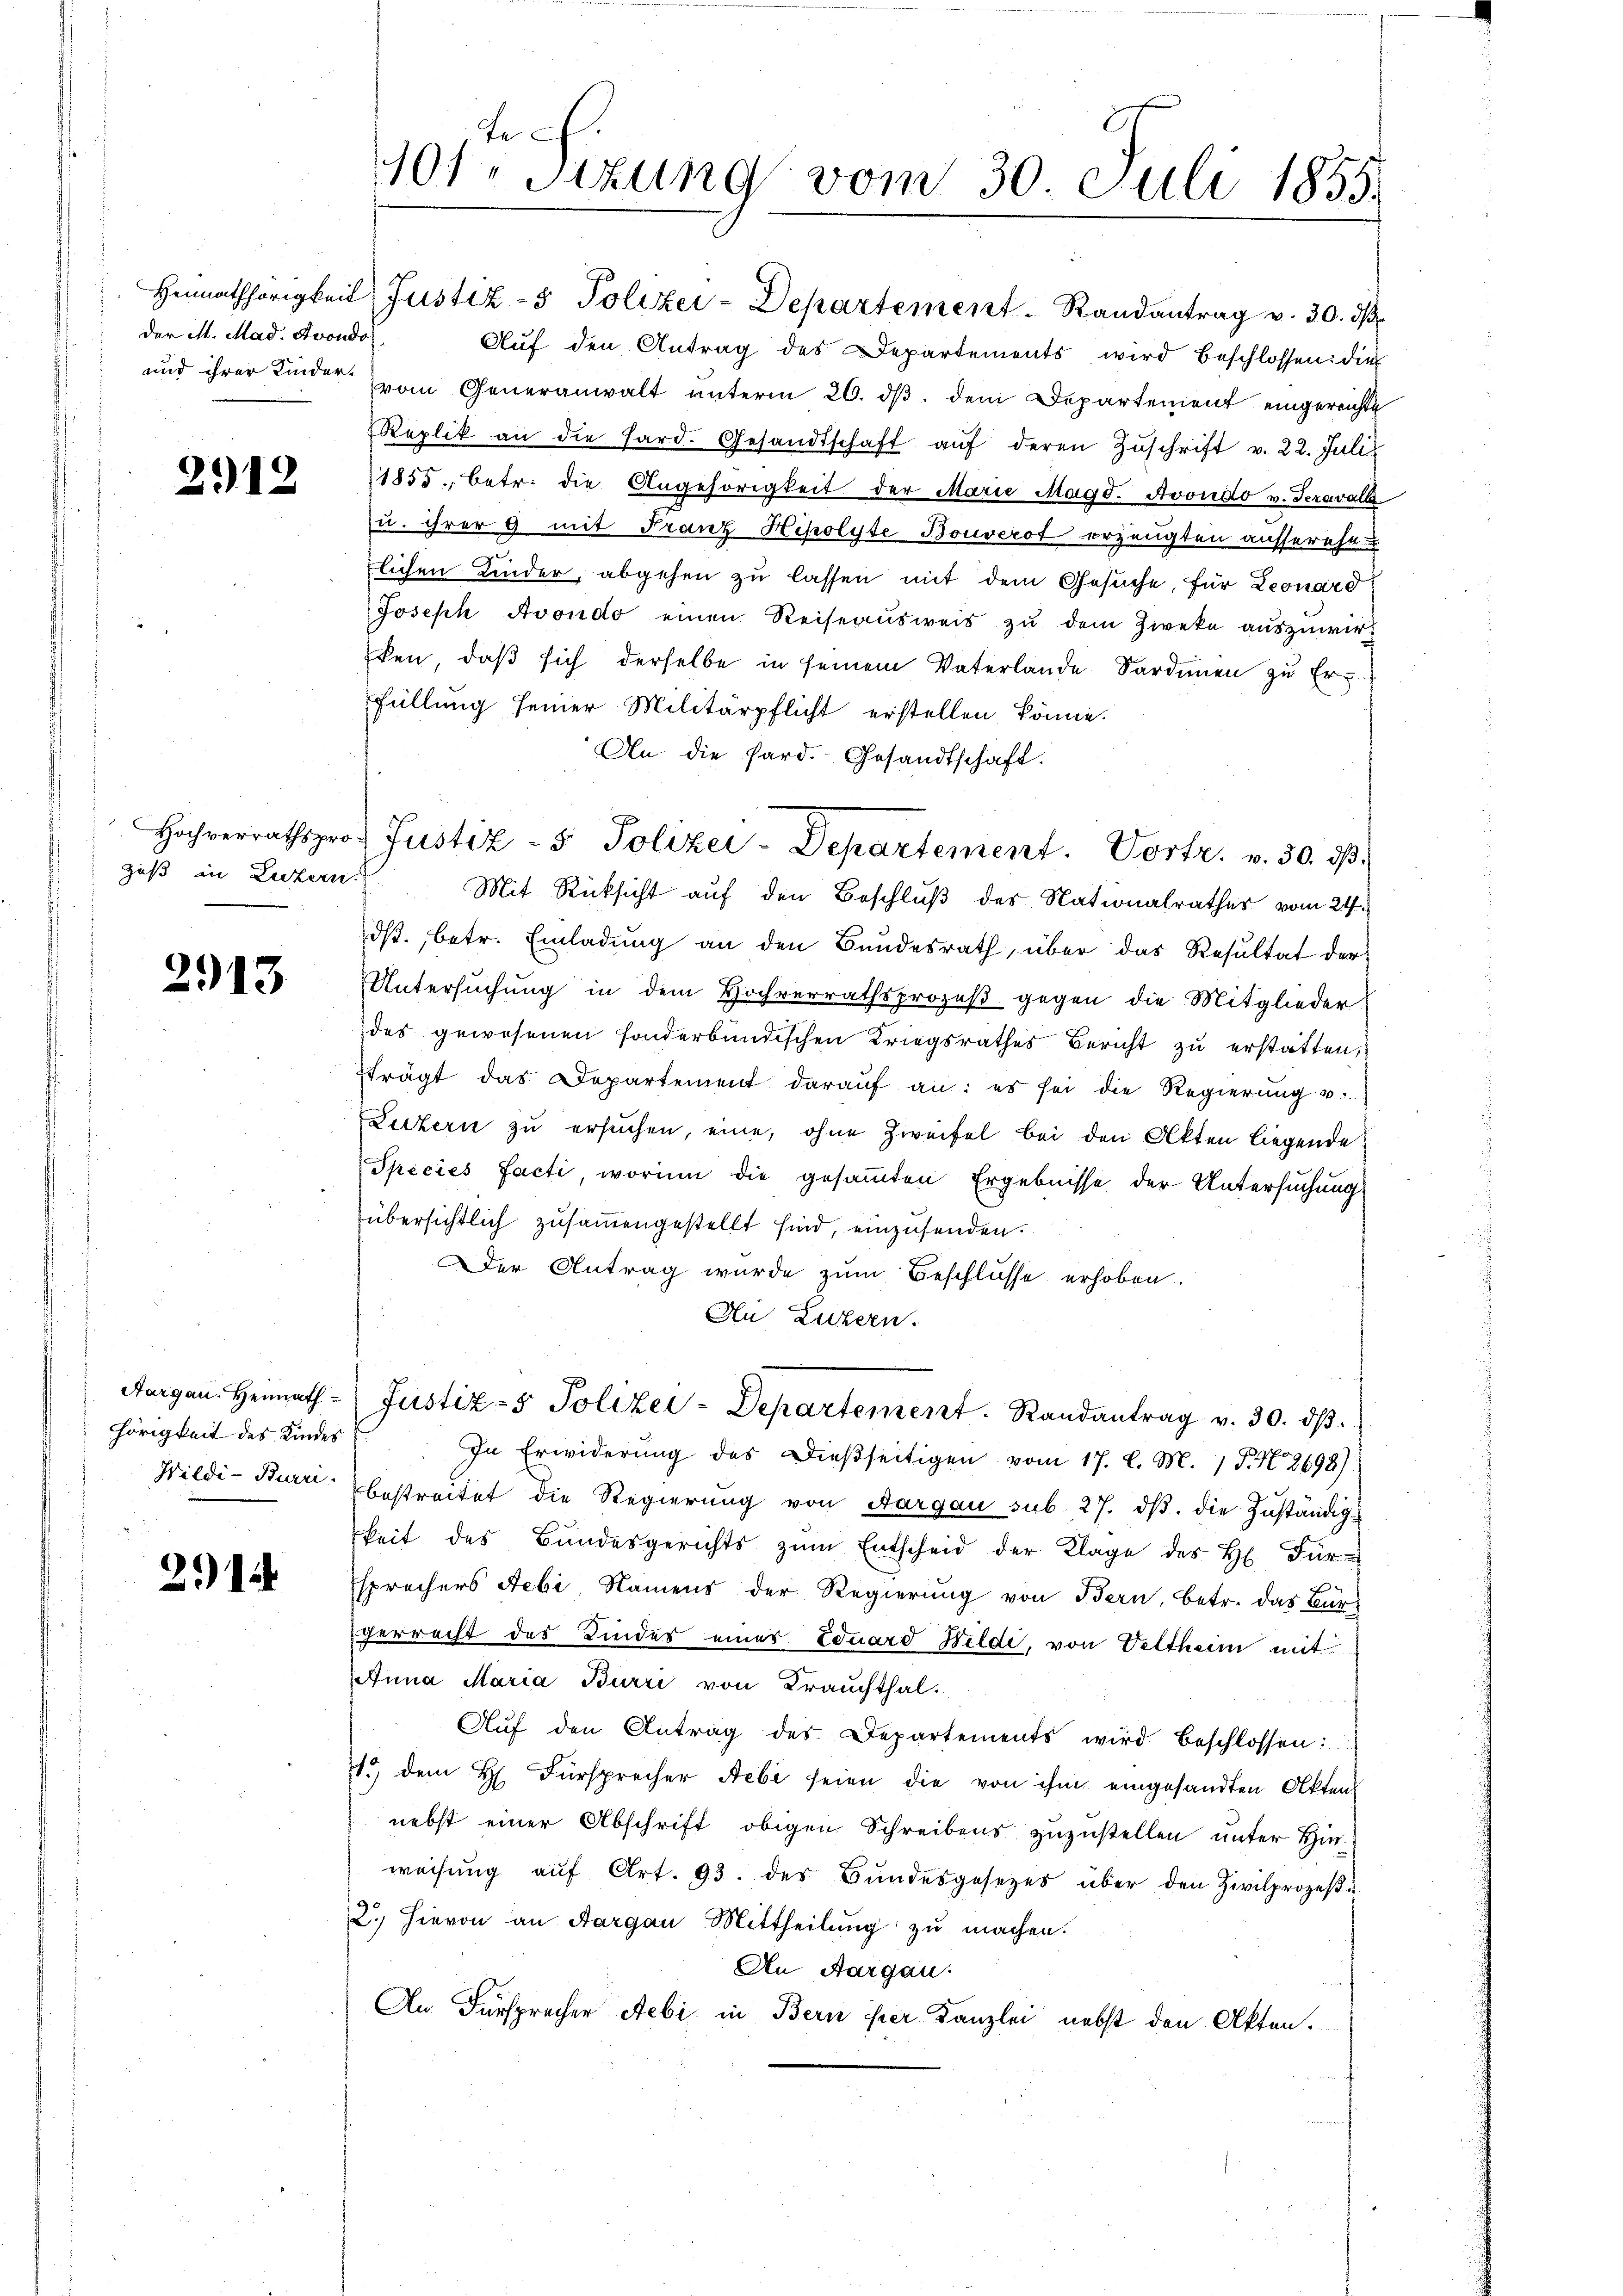
der M. Mad. Avondo

2912

guß in Luzern.

2913

Aargau. Heimath
hörigkeit des Kindes
Wildi-Burri

214

Je
101. Sitzung vom 30. Juli 1855.

Heimathörigkeit Justiz- & Polizei-Departement Randantrag v. 30. dβ
Aŭf den Antrag des Departements wird beschlossen: die
und ihrer Kinder vom Generanwalt ŭnterm 26. dβ. dem Departement eingereichte
Replik an die Hard. Gesandtschaft aŭf deren Zŭschrift v. 22. Juli
11855, betr. die Angehörigkeit der Marie Magd. Avondo v. Seravall
u. ihrer 9 mit Franz Hipolyte Bouverot erzeugten ausserehe-
lichen Kinder, abgehen zu lassen mit dem Gesuche, für Leonard
Joseph Avondo einen Reiseausweis zu dem Zweke auszuwir
ken, daß sich derselbe in seinem Vaterlande Sardinen zu Erfüllung seiner Militärpflicht erstellen könne.
An die Sard. Gesandtschaft.
Mit Rücksicht auf den Beschluß des Nationalrathes vom 24.
ds., betr. Einladung an den Bundesrath über das Resultat der
Untersuchung in dem Hochverrathsprozeß gegen die Mitglieder
des gewesenen sonderbundischen Kriegsrathes Bericht zu erstatten,
trägt das Departement darauf an: es sei die Regierŭng u.
Luzern zu ersuchen, eine, ohne Zweifel bei den Akten liegende
Species facti, worinn die gesammten Ergebnisse der Untersuchung
übersichtlich zusammengestellt sind, einzusenden.
Der Antrag wurde zum Beschlüsse erhoben.
Au Luzern.
Justiz- & Polizei-Departement. Randantrag v. 30. ds.
In Erwiderŭng des dießseitigen vom 17. l. M. 1. No 2698)
bestreitet die Regierŭng von Aargau sub. 27. dβ. die Zŭständigkeit des Bŭndesgerichts zŭm Entscheid der Klage des H. Für-

sprechers Febi Namens der Regierung von Bern, betr. das Bürgerrecht des Kindes eines Eduard Wilde, von Veltheim mit
Anna Maria Burri von Frauchthal.
Aŭf den Antrag des Departements wird beschlossen:
1.) dem H. Fürsprecher Nebi seien die von ihm eingesandten Akten
nebst einer Abschrift obigen Schreibens zuzustellen unter Hinweisŭng aŭf Art. 93. des Bŭndesgesetzes über den Zivilprozeβ-
2.) Hievon an Aargau Mittheilung zu machen.
An Aargau.
An Fürsprecher Aebi in Bern ihrer Kanzlei, nebst den Akten.

Hochverrathspro Justiz- & Polizei-Departement. Vortr. v. 30. dβ.